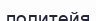
политейя